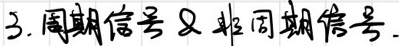
3. 周期信号 \& 非周期信号.